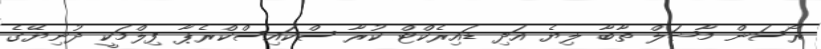
ރޯސަން މާޝަލް ތާބާ ލިޔެ އަދި ޑައިރެކްޓް ކުރާ ސްކައިސްކްރެޕާ ފިލްމަކީ ދުނިޔޭގެ